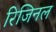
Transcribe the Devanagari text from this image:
रिजिनल